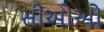
સીઓઓ